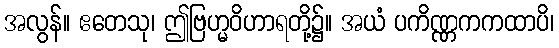
အလွန်။ ဧတေသု၊ ဤဗြဟ္မဝိဟာရတို့၌။ အယံ ပကိဏ္ဏကကထာပိ၊